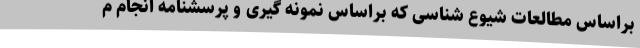
براساس مطالعات شیوع شناسی که براساس نمونه گیری و پرسشنامه انجام م